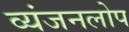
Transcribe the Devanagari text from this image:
व्यंजनलोप